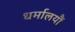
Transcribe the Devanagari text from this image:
धर्मालयौं